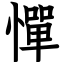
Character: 憚